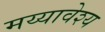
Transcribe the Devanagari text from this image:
मय्यावेश्य